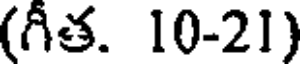
(గీత. 10-21)